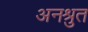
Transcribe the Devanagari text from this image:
अनश्रुत